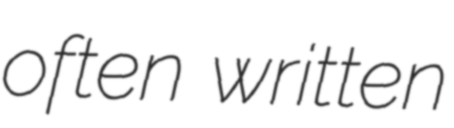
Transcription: often written